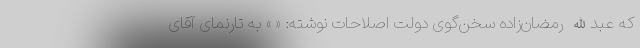
که عبدالله رمضان‌زاده سخن‌گوی دولت اصلاحات نوشته: « » به تارنمای آقای